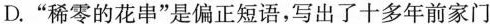
D. ”稀零的花串”是偏正短语，写出了十多年前家门